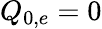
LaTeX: Q_{0,e}=0